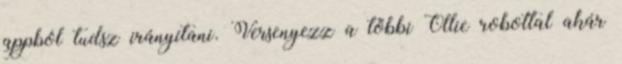
appból tudsz irányítani. Versenyezz a többi Ollie robottal akár